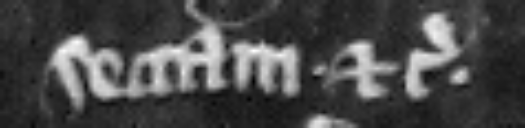
sectam etc.